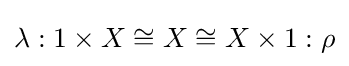
\lambda :1\times X\cong X\cong X\times 1:\rho